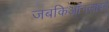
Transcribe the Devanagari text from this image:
जबकिऑनलाइन